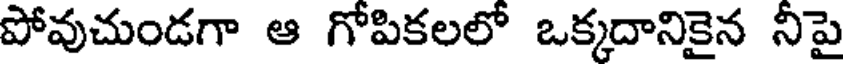
పోవుచుండగా ఆ గోపికలలో ఒక్కదానికైన నీపై